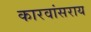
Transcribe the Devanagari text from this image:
कारवांसराय